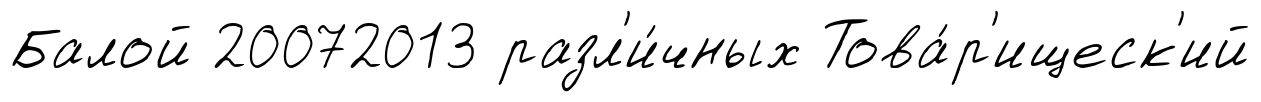
Балой 20072013 разл'и́чных Това́р'ищеск'ий